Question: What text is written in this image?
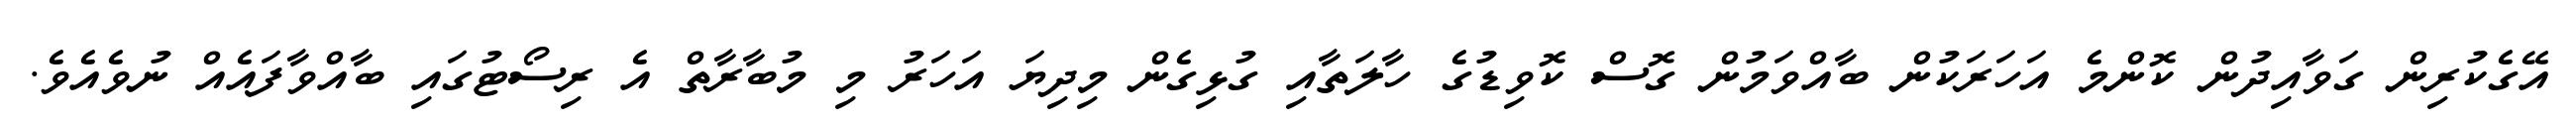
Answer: އޭގެކުރިން ގަވާއިދުން ކޮންމެ އަހަރަކުން ބާއްވަމުން ގޮސް ކޮވިޑުގެ ހާލަތާއި ގުޅިގެން މިދިޔަ އަހަރު މި މުބާރާތް އެ ރިސޯޓުގައި ބާއްވާފައެއް ނުވެއެވެ.